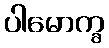
ပါမောက္ခ